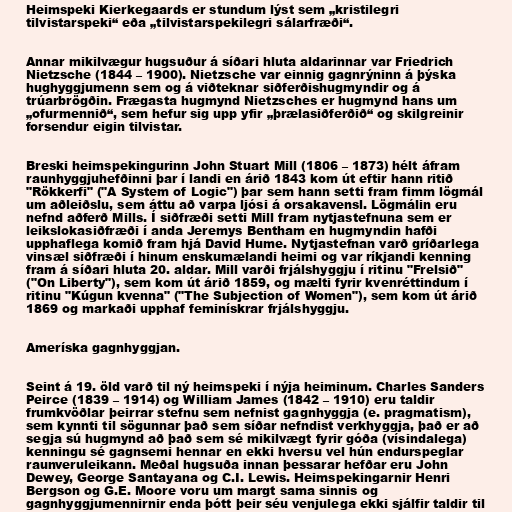
Heimspeki Kierkegaards er stundum lýst sem „kristilegri
tilvistarspeki“ eða „tilvistarspekilegri sálarfræði“.

Annar mikilvægur hugsuður á síðari hluta aldarinnar var Friedrich
Nietzsche (1844 – 1900). Nietzsche var einnig gagnrýninn á þýska
hughyggjumenn sem og á viðteknar siðferðishugmyndir og á
trúarbrögðin. Frægasta hugmynd Nietzsches er hugmynd hans um
„ofurmennið“, sem hefur sig upp yfir „þrælasiðferðið“ og skilgreinir
forsendur eigin tilvistar.

Breski heimspekingurinn John Stuart Mill (1806 – 1873) hélt áfram
raunhyggjuhefðinni þar í landi en árið 1843 kom út eftir hann ritið
"Rökkerfi" ("A System of Logic") þar sem hann setti fram fimm lögmál
um aðleiðslu, sem áttu að varpa ljósi á orsakavensl. Lögmálin eru
nefnd aðferð Mills. Í siðfræði setti Mill fram nytjastefnuna sem er
leikslokasiðfræði í anda Jeremys Bentham en hugmyndin hafði
upphaflega komið fram hjá David Hume. Nytjastefnan varð gríðarlega
vinsæl siðfræði í hinum enskumælandi heimi og var ríkjandi kenning
fram á síðari hluta 20. aldar. Mill varði frjálshyggju í ritinu "Frelsið"
("On Liberty"), sem kom út árið 1859, og mælti fyrir kvenréttindum í
ritinu "Kúgun kvenna" ("The Subjection of Women"), sem kom út árið
1869 og markaði upphaf feminískrar frjálshyggju.

Ameríska gagnhyggjan.

Seint á 19. öld varð til ný heimspeki í nýja heiminum. Charles Sanders
Peirce (1839 – 1914) og William James (1842 – 1910) eru taldir
frumkvöðlar þeirrar stefnu sem nefnist gagnhyggja (e. pragmatism),
sem kynnti til sögunnar það sem síðar nefndist verkhyggja, það er að
segja sú hugmynd að það sem sé mikilvægt fyrir góða (vísindalega)
kenningu sé gagnsemi hennar en ekki hversu vel hún endurspeglar
raunveruleikann. Meðal hugsuða innan þessarar hefðar eru John
Dewey, George Santayana og C.I. Lewis. Heimspekingarnir Henri
Bergson og G.E. Moore voru um margt sama sinnis og
gagnhyggjumennirnir enda þótt þeir séu venjulega ekki sjálfir taldir til